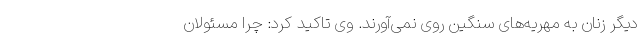
دیگر زنان به مهریه‌های سنگین روی نمی‌آورند. وی تاکید کرد: چرا مسئولان